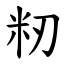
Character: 籾